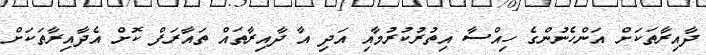
ދާއިރާތަކަށް އަންހެނުންގެ ހިއްސާ އިތުރުކުރުމާއި އަދި އާ ދާއިރާތައް ތައާރަފް ކޮށް އެދާއިރާތަކަށް